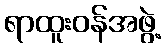
ရာထူးဝန်အဖွဲ့